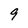
Character: 9